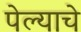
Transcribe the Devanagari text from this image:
पेल्याचे